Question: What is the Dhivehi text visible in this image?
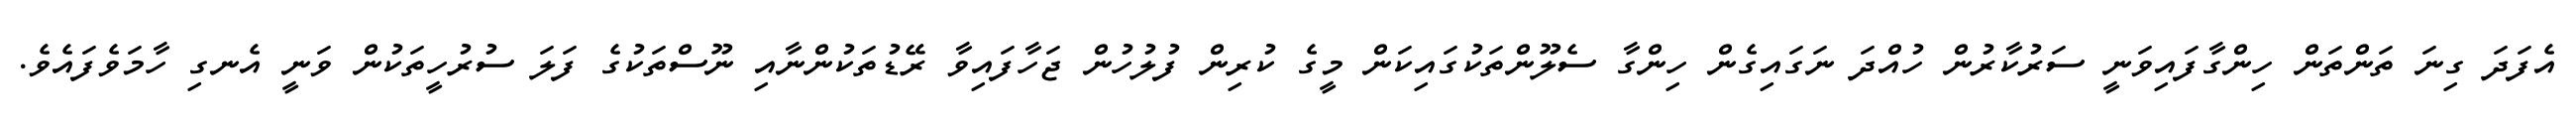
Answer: އެފަދަ ގިނަ ތަންތަން ހިންގާފައިވަނީ ސަރުކާރުން ހުއްދަ ނަގައިގެން ހިންގާ ސެލޫންތަކުގައިކަން މީގެ ކުރިން ފުލުހުން ޖަހާފައިވާ ރޭޑުތަކުންނާއި ނޫސްތަކުގެ ފަލަ ސުރުހީތަކުން ވަނީ އެނގި ހާމަވެފައެވެ.